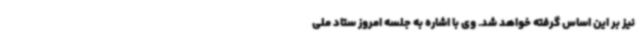
نیز بر این اساس گرفته خواهد شد. وی با اشاره به جلسه امروز ستاد ملی